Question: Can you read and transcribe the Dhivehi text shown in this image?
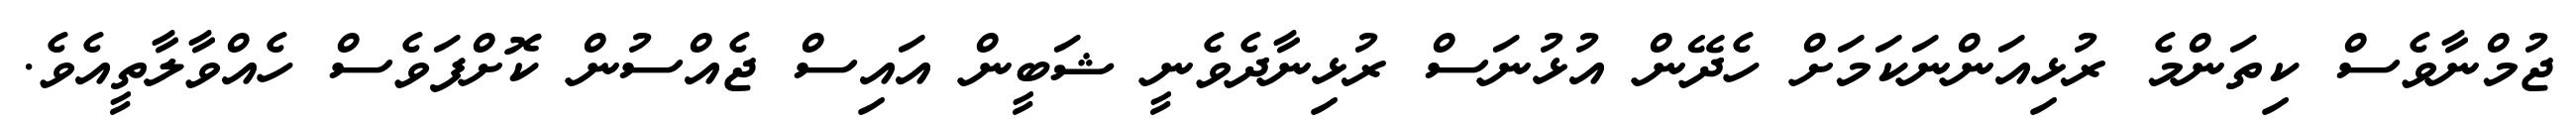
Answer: ޖުމްނާވެސް ކިތަންމެ ރުޅިއަންނަކަމަށް ހެދޭން އުޅުނަސް ރުޅިނާދެވެނީ ޝަބީން އައިސް ޖެއްސުން ކޮށްފަވެސް ހެއްވާލާތީއެވެ.